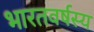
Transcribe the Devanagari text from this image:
भारतवर्षस्य